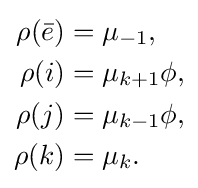
{\begin{aligned}\rho ({\bar {e}})&=\mu _{-1},\\\rho (i)&=\mu _{k+1}\phi ,\\\rho (j)&=\mu _{k-1}\phi ,\\\rho (k)&=\mu _{k}.\end{aligned}}